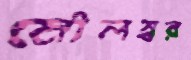
মৌলস্বর